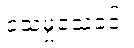
သေမှုသေခင်း